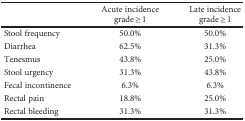
<table><thead><tr><td></td><td><b>Acute incidence grade ≥ 1</b></td><td><b>Late incidence grade ≥ 1</b></td></tr></thead><tbody><tr><td>Stool frequency</td><td>50.0%</td><td>50.0%</td></tr><tr><td>Diarrhea</td><td>62.5%</td><td>31.3%</td></tr><tr><td>Tenesmus</td><td>43.8%</td><td>25.0%</td></tr><tr><td>Stool urgency</td><td>31.3%</td><td>43.8%</td></tr><tr><td>Fecal incontinence</td><td>6.3%</td><td>6.3%</td></tr><tr><td>Rectal pain</td><td>18.8%</td><td>25.0%</td></tr><tr><td>Rectal bleeding</td><td>31.3%</td><td>31.3%</td></tr></tbody></table>